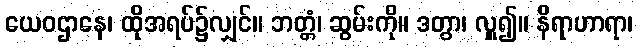
ယေဝဌာနေ၊ ထိုအရပ်၌လျှင်။ ဘတ္တံ၊ ဆွမ်းကို။ ဒတွာ၊ လှူ၍။ နိရာဟာရာ၊